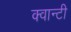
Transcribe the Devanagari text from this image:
क्वान्टी